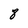
Character: 8